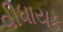
વીધાયક